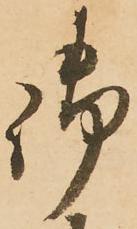
御